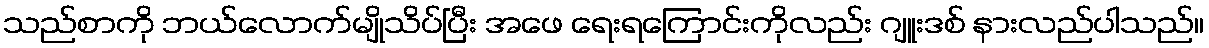
သည်စာကို ဘယ်လောက်မျိုသိပ်ပြီး အဖေ ရေးရကြောင်းကိုလည်း ဂျူးဒစ် နားလည်ပါသည်။